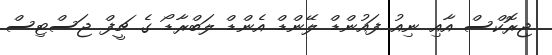
ޖިރޮކްސް އާއި ނިއު ފައުންޑް ލޭންޑް އެންޑް ލަބްރާޑޯ ގެ ޗީފް ޖަސްޓިސް